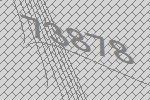
73878